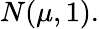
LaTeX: N(\mu,1).